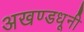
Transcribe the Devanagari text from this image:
अखण्डधूनी